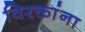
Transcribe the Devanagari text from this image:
विरक्तांना